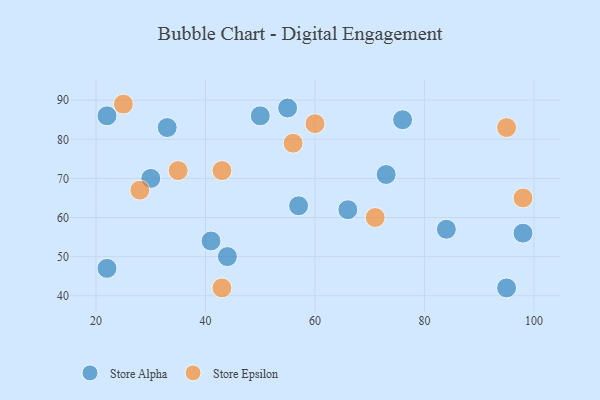
{"axis": {"x": "GDP", "y": "Life Expectancy"}, "legend": ["Store Alpha", "Store Epsilon"], "data": [{"x": "33", "y": 83, "type": "Store Alpha"}, {"x": "22", "y": 86, "type": "Store Alpha"}, {"x": "76", "y": 85, "type": "Store Alpha"}, {"x": "30", "y": 70, "type": "Store Alpha"}, {"x": "44", "y": 50, "type": "Store Alpha"}, {"x": "22", "y": 47, "type": "Store Alpha"}, {"x": "66", "y": 62, "type": "Store Alpha"}, {"x": "55", "y": 88, "type": "Store Alpha"}, {"x": "73", "y": 71, "type": "Store Alpha"}, {"x": "57", "y": 63, "type": "Store Alpha"}, {"x": "98", "y": 56, "type": "Store Alpha"}, {"x": "41", "y": 54, "type": "Store Alpha"}, {"x": "84", "y": 57, "type": "Store Alpha"}, {"x": "50", "y": 86, "type": "Store Alpha"}, {"x": "95", "y": 42, "type": "Store Alpha"}, {"x": "43", "y": 42, "type": "Store Epsilon"}, {"x": "25", "y": 89, "type": "Store Epsilon"}, {"x": "35", "y": 72, "type": "Store Epsilon"}, {"x": "43", "y": 72, "type": "Store Epsilon"}, {"x": "56", "y": 79, "type": "Store Epsilon"}, {"x": "60", "y": 84, "type": "Store Epsilon"}, {"x": "98", "y": 65, "type": "Store Epsilon"}, {"x": "71", "y": 60, "type": "Store Epsilon"}, {"x": "28", "y": 67, "type": "Store Epsilon"}, {"x": "95", "y": 83, "type": "Store Epsilon"}]}